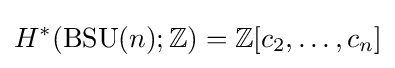
H^{*}(\operatorname {BSU} (n);\mathbb {Z} )=\mathbb {Z} [c_{2},\ldots ,c_{n}]